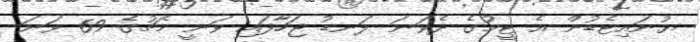
ޔުނައިޓެޑުން އެ ޓީމުގެ ދެވަނަ ލަނޑު ޖަހާފައި ވަނީ މެޗުގެ 69 ވަނަ